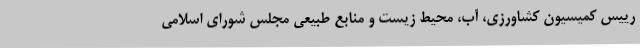
رییس کمیسیون کشاورزی، آب، محیط زیست و منابع طبیعی مجلس شورای اسلامی